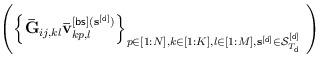
LaTeX: \begin{align*}\left(\left\{\mathbf{\bar{G}}_{ij,kl}\mathbf{\bar{v}}_{kp,l}^{[\sf bs](\mathbf{s}^{[\sf d]})}\right\}_{p\in[1:N], k\in[1:K], l\in[1:M], \mathbf{s}^{[\sf d]}\in \mathcal{S}_{T_{\sf d}}^{[\sf d]}~ }\right)\end{align*}